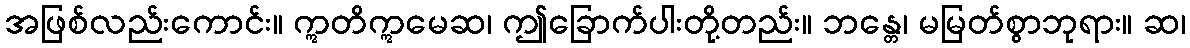
အဖြစ်လည်းကောင်း။ ဣတိဣမေဆ၊ ဤခြောက်ပါးတို့တည်း။ ဘန္တေ၊ မမြတ်စွာဘုရား။ ဆ၊